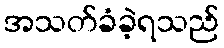
အသတ်ခံခဲ့ရသည်